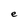
Character: e